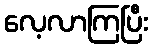
လေ့လာကြပြီး